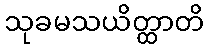
သုခမသယိတ္ထာတိ